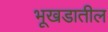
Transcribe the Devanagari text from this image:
भूखडातील